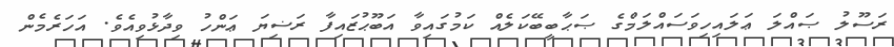
ރަސޫލު ޞައްލަ ޢަލައިހިވަސައްލަމްގެ ޞަޙާބީބޭކަލެއް ކަމުގައިވާ އަބޫޙުޒައިފާ ރަޟިޔަ ޢަންހު ވިދާޅުވިއެވެ. އަހަރެމެން